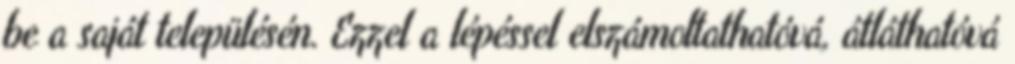
be a saját településén. Ezzel a lépéssel elszámoltathatóvá, átláthatóvá